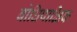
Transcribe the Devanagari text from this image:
बोधिपाक्षिक